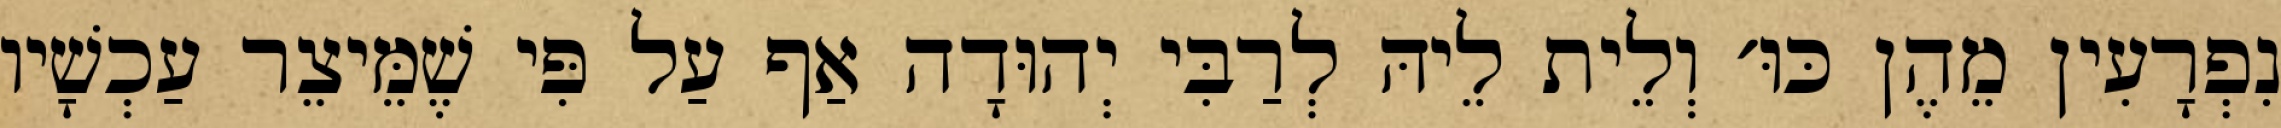
נִפְרָעִין מֵהֶן כּוּ׳ וְלֵית לֵיהּ לְרַבִּי יְהוּדָה אַף עַל פִּי שֶׁמֵּיצֵר עַכְשָׁיו